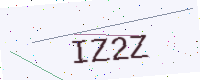
Text: IZ2Z